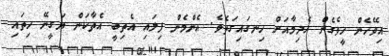
އިވޭހެން ހީވެގެން އެދިމާއަށް ހިނގައިގަތެވެ. އެންމެން ފިލައި އެތިބީ އެތާކަން ޔަގީނޭ ހިތައި